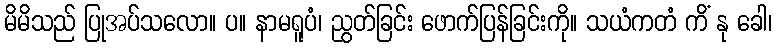
မိမိသည် ပြုအပ်သလော။ ပ။ နာမရူပံ၊ ညွတ်ခြင်း ဖောက်ပြန်ခြင်းကို။ သယံကတံ ကိံ နု ခေါ၊